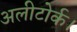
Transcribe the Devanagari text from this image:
अलीटोर्क।